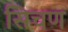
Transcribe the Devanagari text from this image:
सिचण